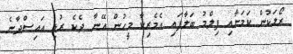
ރޯލަކުން ކަމަށާއި ފިލްމު ބަލާފައި އެމެރިކާ މީހުން އޭނާ ދެކެ ރުޅި އައިސްދާނެ